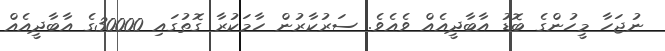
ނުޖަހާ މީހުންގެ ބޮޑު އާބާދީއެއް ވެއެވެ. ސަރުކާރުން ހާމަކުރާ ގޮތުގައި 30000ގެ އާބާދީއެއް